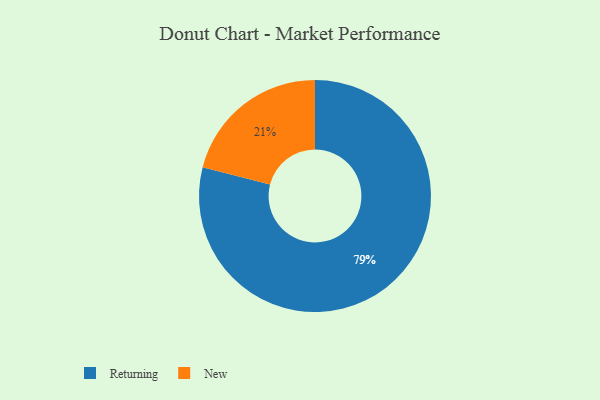
{"axis": {"x": "Category", "y": "Percentage"}, "legend": ["New", "Returning"], "data": [{"x": "New", "y": 21, "type": "New"}, {"x": "Returning", "y": 79, "type": "Returning"}]}